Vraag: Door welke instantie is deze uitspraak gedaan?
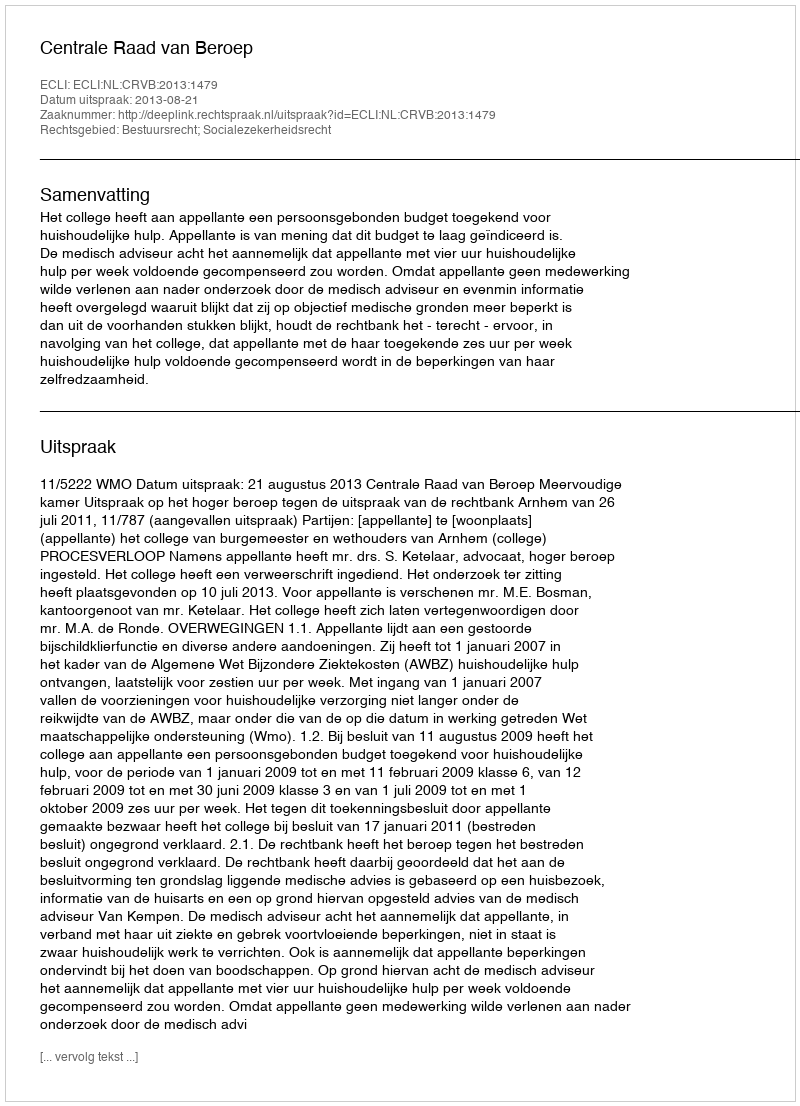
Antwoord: Centrale Raad van Beroep